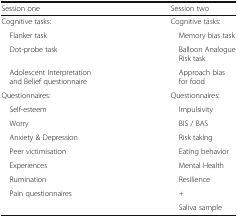
<table><thead><tr><td><b>Session one</b></td><td><b>Session two</b></td></tr></thead><tbody><tr><td>Cognitive tasks:</td><td>Cognitive tasks:</td></tr><tr><td> Flanker task</td><td> Memory bias task</td></tr><tr><td> Dot-probe task</td><td> Balloon Analogue Risk task</td></tr><tr><td> Adolescent Interpretation and Belief questionnaire</td><td> Approach bias for food</td></tr><tr><td>Questionnaires:</td><td>Questionnaires:</td></tr><tr><td> Self-esteem</td><td> Impulsivity</td></tr><tr><td> Worry</td><td> BIS / BAS</td></tr><tr><td> Anxiety &amp; Depression</td><td> Risk taking</td></tr><tr><td> Peer victimisation</td><td> Eating behavior</td></tr><tr><td> Experiences</td><td> Mental Health</td></tr><tr><td> Rumination</td><td> Resilience</td></tr><tr><td> Pain questionnaires</td><td> +</td></tr><tr><td></td><td> Saliva sample</td></tr></tbody></table>